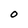
Character: O